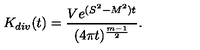
K _ { d i v } ( t ) = \frac { V e ^ { ( S ^ { 2 } - M ^ { 2 } ) t } } { ( 4 \pi t ) ^ { \frac { m - 1 } 2 } } .